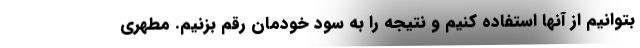
بتوانیم از آنها استفاده کنیم و نتیجه را به سود خودمان رقم بزنیم. مطهری